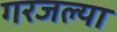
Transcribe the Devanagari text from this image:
गरजल्या